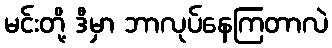
မင်းတို့ ဒီမှာ ဘာလုပ်နေကြတာလဲ